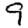
Digit: 9